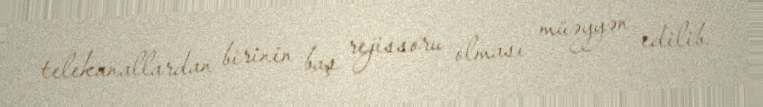
telekanallardan birinin baş rejissoru olması müəyyən edilib.